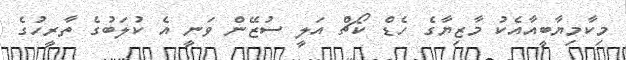
މިކާމިޔާބީއާއެކު މާޒިޔާގެ ހެޑް ކޯޗް އަލީ ސުޒޭން ވަނީ އެ ކުލަބުގެ ތާރީހުގެ